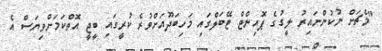
"މެޗަށް ނުކުންނައިރު ލީގުގެ ޕޮއިންޓް ޓޭބަލްގައި މަހިބަދޫއަށްވުރެ ކުރީގައި ބީޖީ އޮތްކަމަށްވިޔަސް އެ